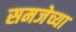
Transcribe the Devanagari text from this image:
समजेच्या